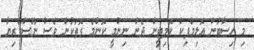
މި ހިސާބުން އޮލިމްޕިކް ކޮމިޓީން ދެން ނިންމީ ކޮންމެ ގޮތަކުން ވެސް ނޫސްވެރިޔާ